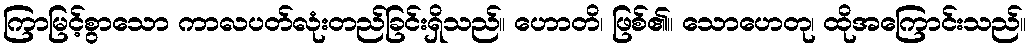
ကြာမြင့်စွာသော ကာလပတ်လုံးတည်ခြင်းရှိသည်။ ဟောတိ၊ ဖြစ်၏။ သောဟေတု၊ ထိုအကြောင်းသည်။